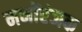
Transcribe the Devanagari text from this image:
मनोंरंजक